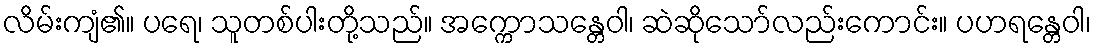
လိမ်းကျံ၏။ ပရေ၊ သူတစ်ပါးတို့သည်။ အက္ကောသန္တေဝါ၊ ဆဲဆိုသော်လည်းကောင်း။ ပဟရန္တေဝါ၊